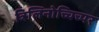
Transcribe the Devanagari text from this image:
त्रिलिनोच्चिच्पर